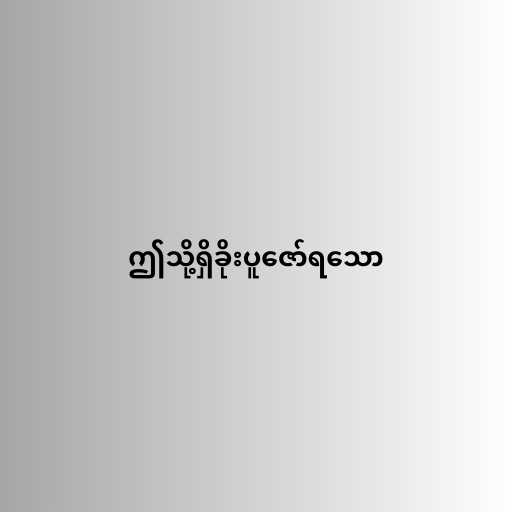
ဤသို့ရှိခိုးပူဇော်ရသော